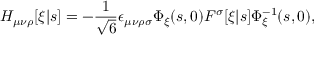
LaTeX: H _ { \mu \nu \rho } [ \xi | s ] = - \frac { 1 } { \sqrt { 6 } } \epsilon _ { \mu \nu \rho \sigma } \Phi _ { \xi } ( s , 0 ) F ^ { \sigma } [ \xi | s ] \Phi _ { \xi } ^ { - 1 } ( s , 0 ) ,